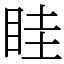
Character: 眭